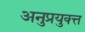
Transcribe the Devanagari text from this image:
अनुप्रयुक्त्त